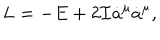
L = - E + 2 { \cal I } \dot { a } ^ { \mu } \dot { a } ^ { \mu } ,